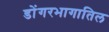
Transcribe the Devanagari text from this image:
डोंगरभागातिल